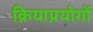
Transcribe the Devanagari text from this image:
क्रियाप्रयोगों